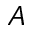
A